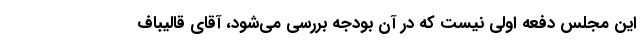
این مجلس دفعه اولی نیست که در آن بودجه بررسی می‌شود، آقای قالیباف